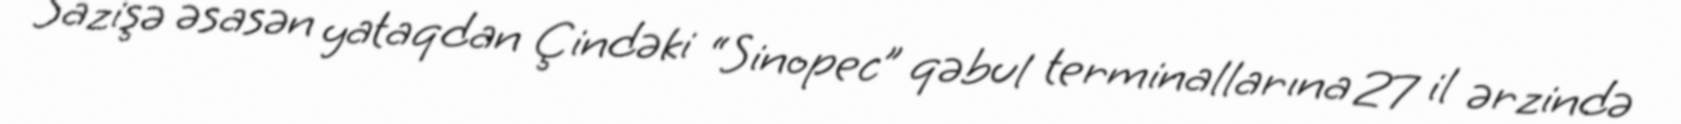
Sazişə əsasən yataqdan Çindəki “Sinopec” qəbul terminallarına 27 il ərzində